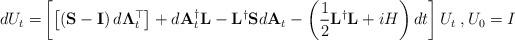
LaTeX: \begin{align*}dU_t = & \left[\left[\left(\mathbf{S} - \mathbf{I}\right)d\mathbf{\Lambda}^\top_t\right] + d\mathbf{A}^{\dagger}_t \mathbf{L} - \mathbf{L}^{\dagger}\mathbf{S} d\mathbf{A}_t - \left(\dfrac{1}{2}\mathbf{L}^{\dagger}\mathbf{L}+iH\right)dt\right]U_t \;, U_0 = I\end{align*}